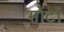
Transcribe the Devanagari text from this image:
मोंटों